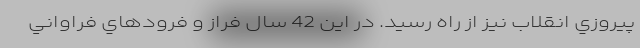
پيروزي انقلاب نيز از راه رسيد. در اين 42 سال فراز و فرودهاي فراواني